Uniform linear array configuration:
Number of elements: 16
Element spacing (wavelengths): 0.25
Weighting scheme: kaiser
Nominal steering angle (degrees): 45
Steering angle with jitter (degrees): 44.101
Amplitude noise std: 0.05
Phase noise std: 0.05

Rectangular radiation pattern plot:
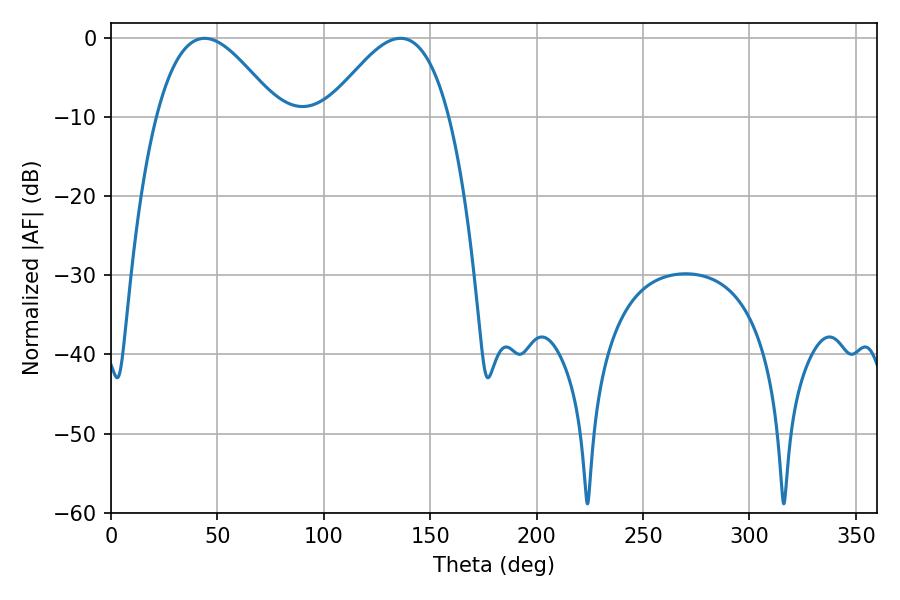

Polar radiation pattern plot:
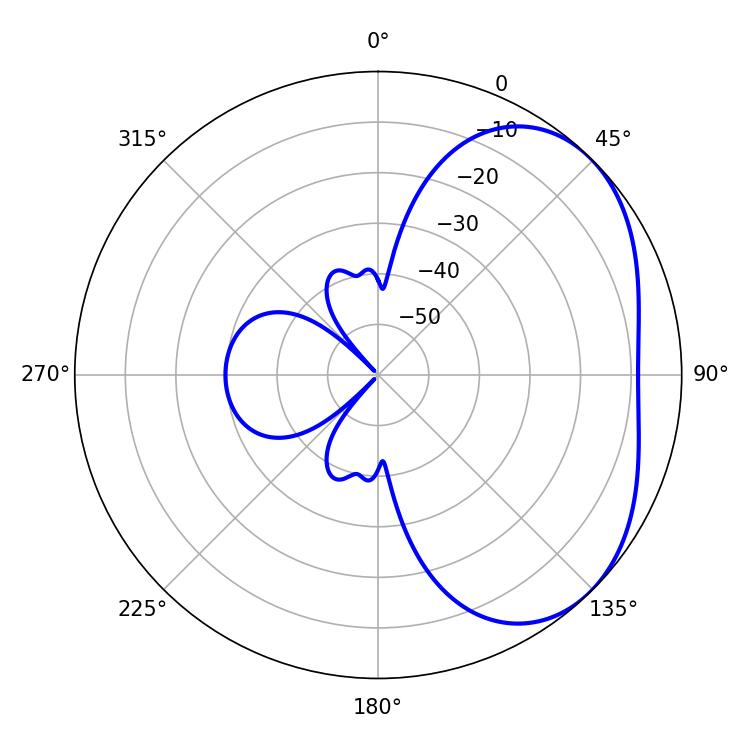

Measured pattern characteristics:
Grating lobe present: FALSE
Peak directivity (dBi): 3.519
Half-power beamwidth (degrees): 30.96
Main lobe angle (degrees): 43.92